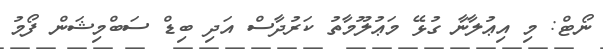
ނޯޓް: މި އިޢުލާނާ ގުޅޭ މަޢުލޫމާތު ކަރުދާސް އަދި ބިޑް ސަބްމިޝަން ފޯމު